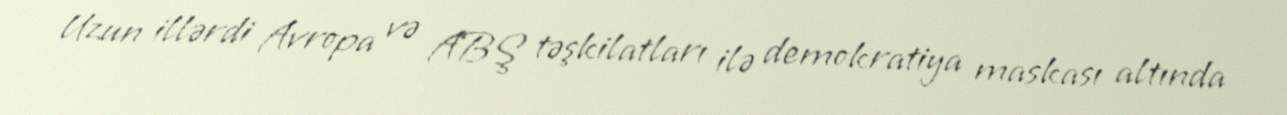
Uzun illərdi Avropa və ABŞ təşkilatları ilə demokratiya maskası altında